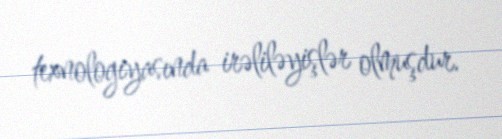
texnologiyasında irəliləyişlər olmuşdur.